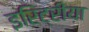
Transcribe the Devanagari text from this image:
इरिट्रीया